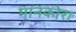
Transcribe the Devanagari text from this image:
मानकोरा